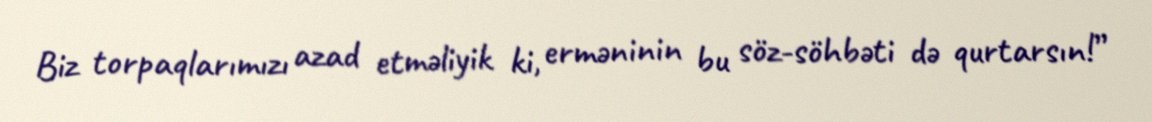
Biz torpaqlarımızı azad etməliyik ki, erməninin bu söz-söhbəti də qurtarsın!”